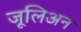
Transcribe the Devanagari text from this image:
जूलिअन